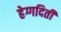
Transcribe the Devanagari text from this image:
हेग्गदिती